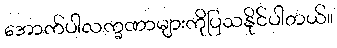
အောက်ပါလက္ခဏာများကိုပြသနိုင်ပါတယ်။